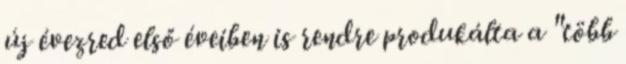
új évezred első éveiben is rendre produkálta a "több